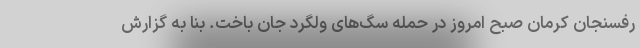
رفسنجان کرمان صبح امروز در حمله سگ‌های ولگرد جان باخت. بنا به گزارش